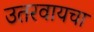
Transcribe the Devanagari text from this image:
उतरवायचा